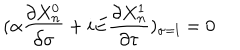
LaTeX: ( \alpha \frac { \partial X _ { n } ^ { 0 } } { \partial \sigma } + i E \frac { \partial X _ { n } ^ { 1 } } { \partial \tau } ) _ { \sigma = l } = 0